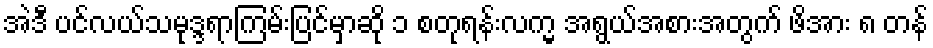
အဲဒီ ပင်လယ်သမုဒ္ဒရာကြမ်းပြင်မှာဆို ၁ စတုရန်းလက္မ အရွယ်အစားအတွက် ဖိအား ၈ တန်